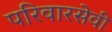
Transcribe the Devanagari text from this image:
परिवारसेवी